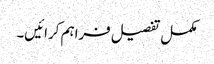
مکمل تفصیل فراہم کرائیں۔